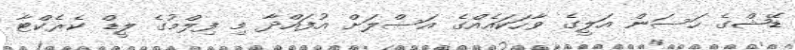
ޑޭޝްގެ ހަސަން އަލީގެ ވާހަކައެއްގެ އަސްލަށް އުފައްދާ މި ފިލްމުގެ ލީޑް ކެރެކްޓާ